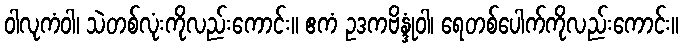
ဝါလုကံဝါ၊ သဲတစ်လုံးကိုလည်းကောင်း။ ဧကံ ဥဒကဗိန္ဒုံဝါ၊ ရေတစ်ပေါက်ကိုလည်းကောင်း။